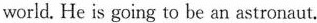
world. He is going to be an astronaut.